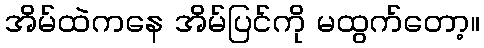
အိမ်ထဲကနေ အိမ်ပြင်ကို မထွက်တော့။